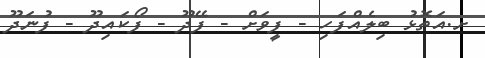
ށ.އަތޮޅު ބިލެއްފަހި - ފީވަށް - ފޭދޫ - ފޯކައިދޫ - ފުނަދޫ